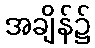
အချိန်၌